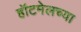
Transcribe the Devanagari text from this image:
हॉटमेलच्या